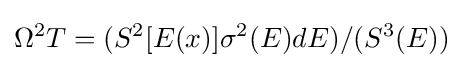
\Omega ^{2}T=(S^{2}[E(x)]\sigma ^{2}(E)dE)/(S^{3}(E))